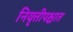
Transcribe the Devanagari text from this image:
निवृत्तीपश्चात